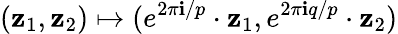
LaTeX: (\mathbf{z}_{1},\mathbf{z}_{2})\mapsto(e^{2\pi\mathbf{i}/p}\cdot\mathbf{z}_{1},e^{2\pi\mathbf{i}q/p}\cdot\mathbf{z}_{2})